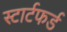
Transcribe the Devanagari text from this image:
स्टार्टफर्ड